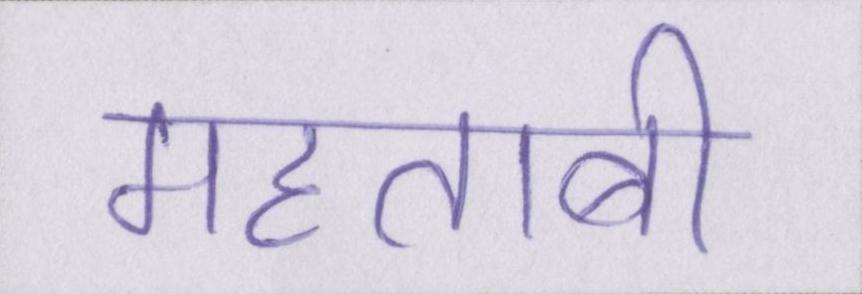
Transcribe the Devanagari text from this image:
महताबी